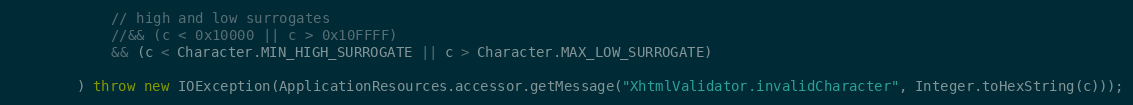
Language: Java
			// high and low surrogates
			//&& (c < 0x10000 || c > 0x10FFFF)
			&& (c < Character.MIN_HIGH_SURROGATE || c > Character.MAX_LOW_SURROGATE)

		) throw new IOException(ApplicationResources.accessor.getMessage("XhtmlValidator.invalidCharacter", Integer.toHexString(c)));